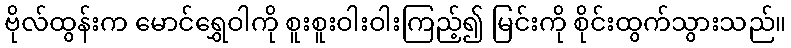
ဗိုလ်ထွန်းက မောင်ရွှေဝါကို စူးစူးဝါးဝါးကြည့်၍ မြင်းကို စိုင်းထွက်သွားသည်။